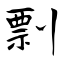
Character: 剽